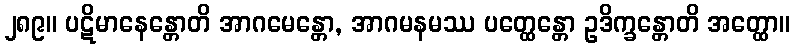
၂၈၉။ ပဋိမာနေန္တောတိ အာဂမေန္တော, အာဂမနမဿ ပတ္ထေန္တော ဥဒိက္ခန္တောတိ အတ္ထော။